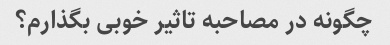
چگونه در مصاحبه تاثیر خوبی بگذارم؟